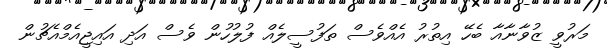
މަރުވީ ޒުވާނާއާ ބެހޭ އިތުރު އެއްވެސް ތަފުސީލެއް ފުލުހުން ވެސް އަދި އައިޖީއެމްއެޗުން